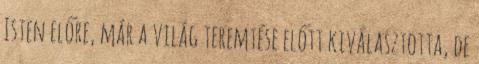
Isten előre, már a világ teremtése előtt kiválasztotta, de